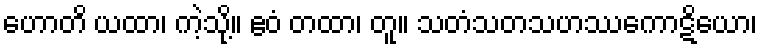
ဟောတိ ယထာ၊ ကဲ့သို့။ ဧဝံ တထာ၊ တူ။ သတံသတသဟဿကောဋိယော၊